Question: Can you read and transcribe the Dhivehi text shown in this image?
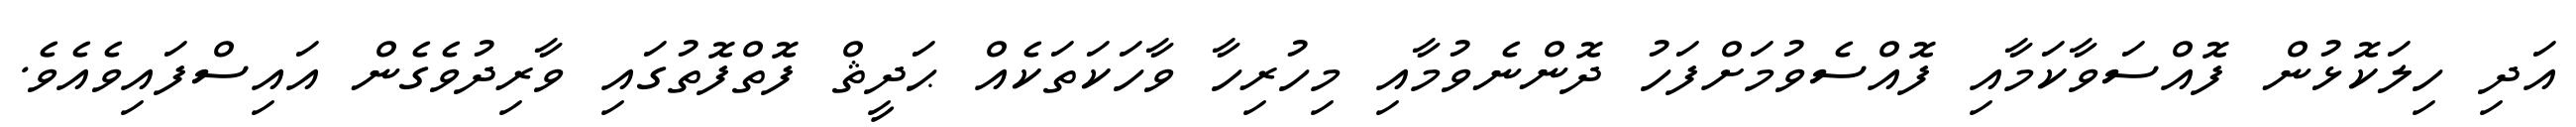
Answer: އަދި ހިލަކޮޅުން ފޮއްސަވާކަމާއި ފޮއްސެވުމަށްފަހު ދޮންނެވުމާއި މިހުރިހާ ވާހަކަތަކެއް ޙަދީޘް ފޮތްފޮތުގައި ވާރިދުވެގެން އައިސްފައިވެއެވެ.